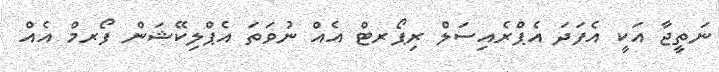
ނަތީޖާ އަކީ އެފަދަ އެޕްރެއިސަލް ރިޕޯރޓް އެއް ނުވަތަ އެޕްލިކޭޝަން ފޯރމް އެއް